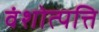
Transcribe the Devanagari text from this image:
वंशोत्पत्ति